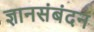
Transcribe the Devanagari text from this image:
ज्ञानसंबंदन